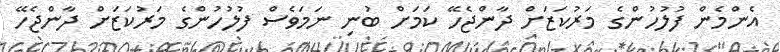
އެންމެން ފުލުހުންގެ މަރުކަޒަށް ދާންޖެހޭ ކަމަށް ބުނި ނަމަވެސް ފުލުހުންގެ މަރުކަޒަށް ދާންޖެހޭ